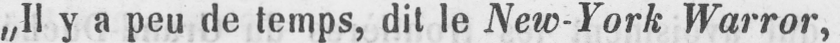
„Il y a peu de temps, dit le New-York Warror,